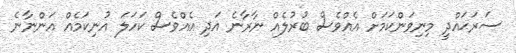
ސަރަޙައްދީ މިނިވަންކަމަށް އެއްވެސް ބުރުލެއް ނާރާނެ އަދި އެއްވެސް ކަހަލަ އުނިކަމެއް އަންނާނެ